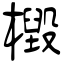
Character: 檓